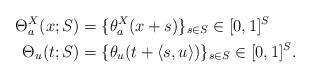
LaTeX: \begin{align*}\Theta_a^X(x;S)&=\{\theta_a^X(x+s)\}_{s\in S} \in [0,1]^S\\\Theta_u(t;S)&=\{\theta_u(t+\langle s, u \rangle)\}_{s\in S} \in [0,1]^S. \end{align*}